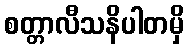
စတ္တာလီသနိပါတမှိ